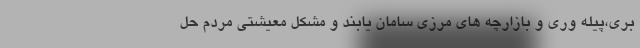
بری،پیله وری و بازارچه های مرزی سامان یابند و مشکل معیشتی مردم حل